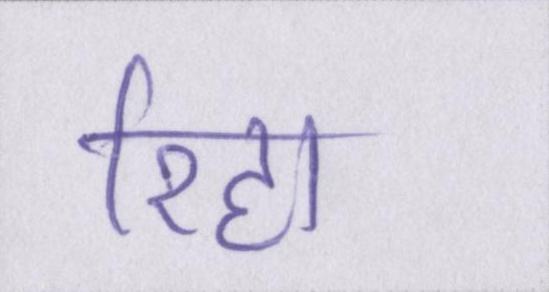
रिहा